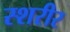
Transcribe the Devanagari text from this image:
स्शरीर